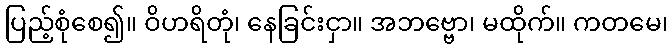
ပြည့်စုံစေ၍။ ဝိဟရိတုံ၊ နေခြင်းငှာ။ အဘဗ္ဗော၊ မထိုက်။ ကတမေ၊